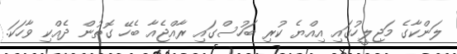
ލަންކާގެ މަޖިލީހުގައި އިއްޔެ ކުރި ބަހުސްގައި ރާއްޖެއާ ބެހޭ ގޮތުން ދެއްކި ވާހަކަ.